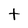
Character: t